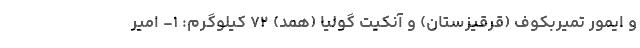
و ایمور تمیربکوف (قرقیزستان) و آنکیت گولیا (همد) ۷۲ کیلوگرم: ۱- امیر